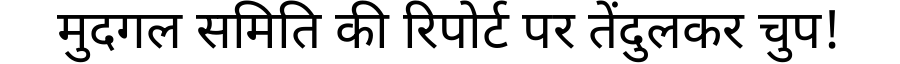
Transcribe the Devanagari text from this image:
मुदगल समिति की रिपोर्ट पर तेंदुलकर चुप!